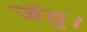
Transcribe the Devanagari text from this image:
जंतु।